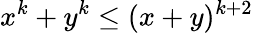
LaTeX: x^{k}+y^{k}\leq(x+y)^{k+2}